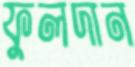
ফুলদান